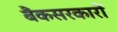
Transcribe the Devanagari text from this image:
बैंकसरकारों